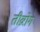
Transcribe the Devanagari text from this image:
तीव्ररोग